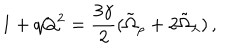
1 + q Q ^ { 2 } = \frac { 3 \gamma } { 2 } ( \tilde { \Omega } _ { \rho } + 2 \tilde { \Omega } _ { \lambda } ) \, ,